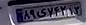
۸۹ی۷۴۲۱۳